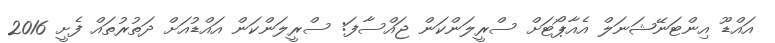
އައްޑޫ އިންޓަނޭޝަނަލް އެއާޕޯޓަށް ސްރީލަންކަން ޖައްސާފަ: ސްރީލަންކަން އައްޑުއަށް ދަތުރުތައް ފެށީ 2016